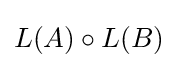
L(A)\circ L(B)